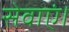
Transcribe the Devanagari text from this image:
सेवाएं।